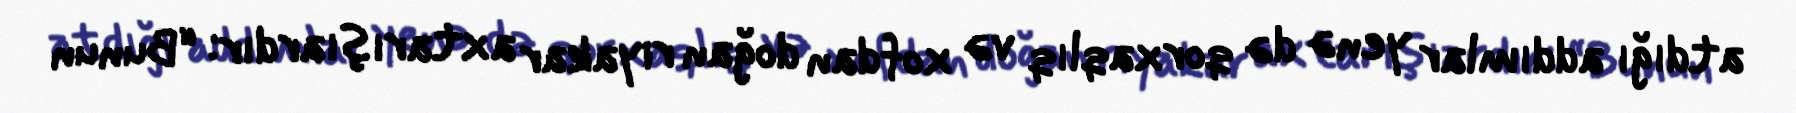
atdığı addımlar yenə də qorxaqlıq və xofdan doğan riyakar axtarışıardır: “Bunun